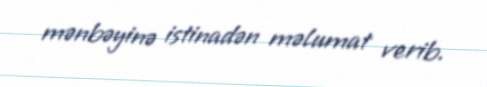
mənbəyinə istinadən məlumat verib.